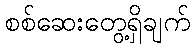
စစ်ဆေးတွေ့ရှိချက်